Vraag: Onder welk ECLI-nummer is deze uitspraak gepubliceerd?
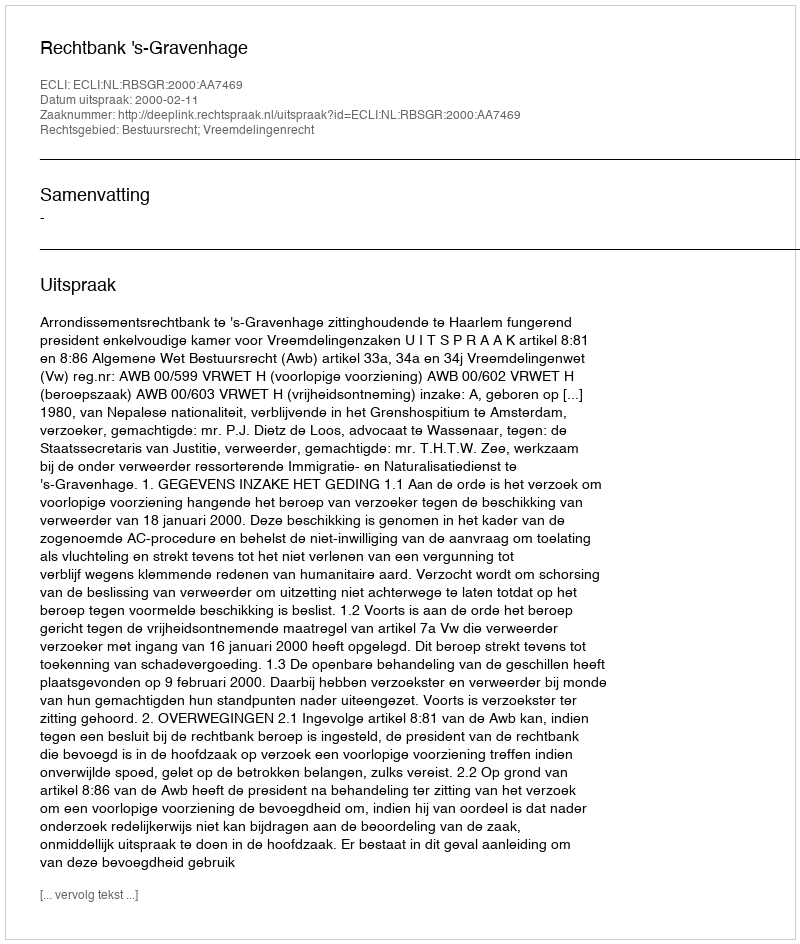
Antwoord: ECLI:NL:RBSGR:2000:AA7469